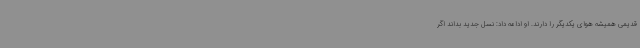
قدیمی همیشه هوای یکدیگر را دارند. او ادامه داد: نسل جدید بداند اگر